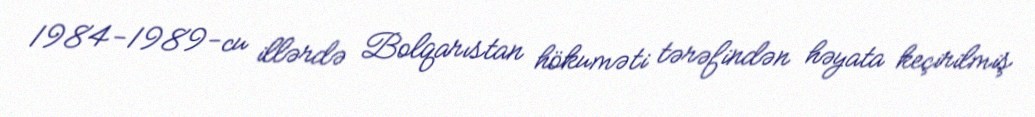
1984-1989-cu illərdə Bolqarıstan hökuməti tərəfindən həyata keçirilmiş